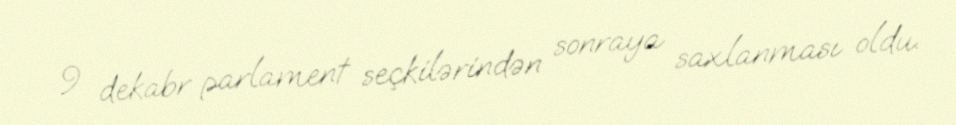
9 dekabr parlament seçkilərindən sonraya saxlanması oldu.